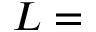
L =